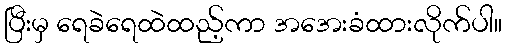
ပြီးမှ ရေခဲရေထဲထည့်ကာ အအေးခံထားလိုက်ပါ။